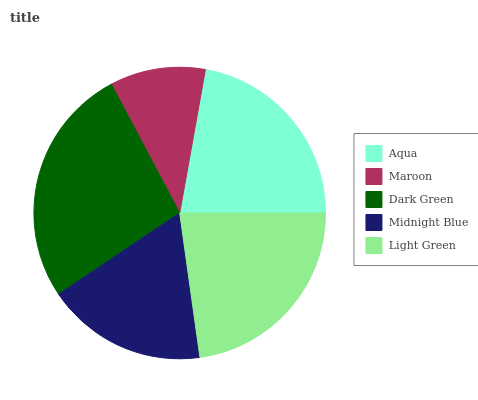
| Aqua | Maroon | Dark Green | Midnight Blue | Light Green |
 | --- | --- | --- | --- | --- |
 | 22.2% | 10.6% | 26.6% | 17.8% | 22.8% |